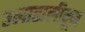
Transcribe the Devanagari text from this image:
उलाढालीतून